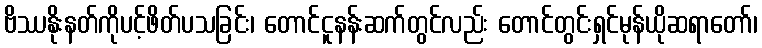
ဗိဿနိုးနတ်ကိုပင့်ဖိတ်ပသခြင်း၊ တောင်ငူနန်းဆက်တွင်လည်း တောင်တွင်းရှင်မုန်ယိုဆရာတော်၊